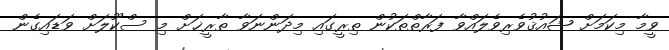
ވީމާ މިކަމަށް ޝައުޤުވެރިވެލައްވާ ފަރާތްތަކުން ތިރީގައި މިދަންނަވާ ތާރީޚަށް މި ސްކޫލަށް ވަޑައިގެން